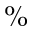
\%